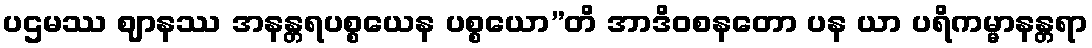
ပဌမဿ ဈာနဿ အနန္တရပစ္စယေန ပစ္စယော”တိ အာဒိဝစနတော ပန ယာ ပရိကမ္မာနန္တရာ